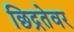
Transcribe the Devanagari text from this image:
छिद्रतेवर